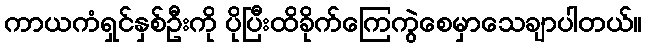
ကာယကံရှင်နှစ်ဦးကို ပိုပြီးထိခိုက်ကြေကွဲစေမှာသေချာပါတယ်။